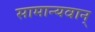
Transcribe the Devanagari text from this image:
सामान्यवान्